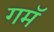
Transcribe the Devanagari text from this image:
गमॅ